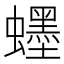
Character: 䘃